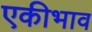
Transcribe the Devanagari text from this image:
एकीभाव